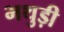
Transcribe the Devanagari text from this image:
भथुड़ी